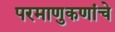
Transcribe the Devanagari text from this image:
परमाणुकणांचे